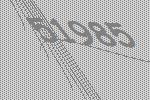
51985